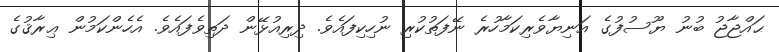
ޙައްޖާޖު ބުނު ޔޫސުފުގެ އަނިޔާވެރިކަމާހުރެ ނޭފަތުކުރި ނުހިކިފައެވެ. ދިރިއުޅޭން ދަތިވެފައެވެ. އެހެންކަމުން ޢިރާޤުގެ